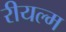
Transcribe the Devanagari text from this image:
रीयल्म